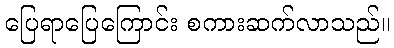
ပြေရာပြေကြောင်း စကားဆက်လာသည်။